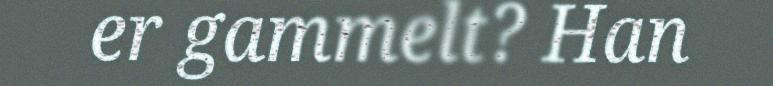
er gammelt? Han